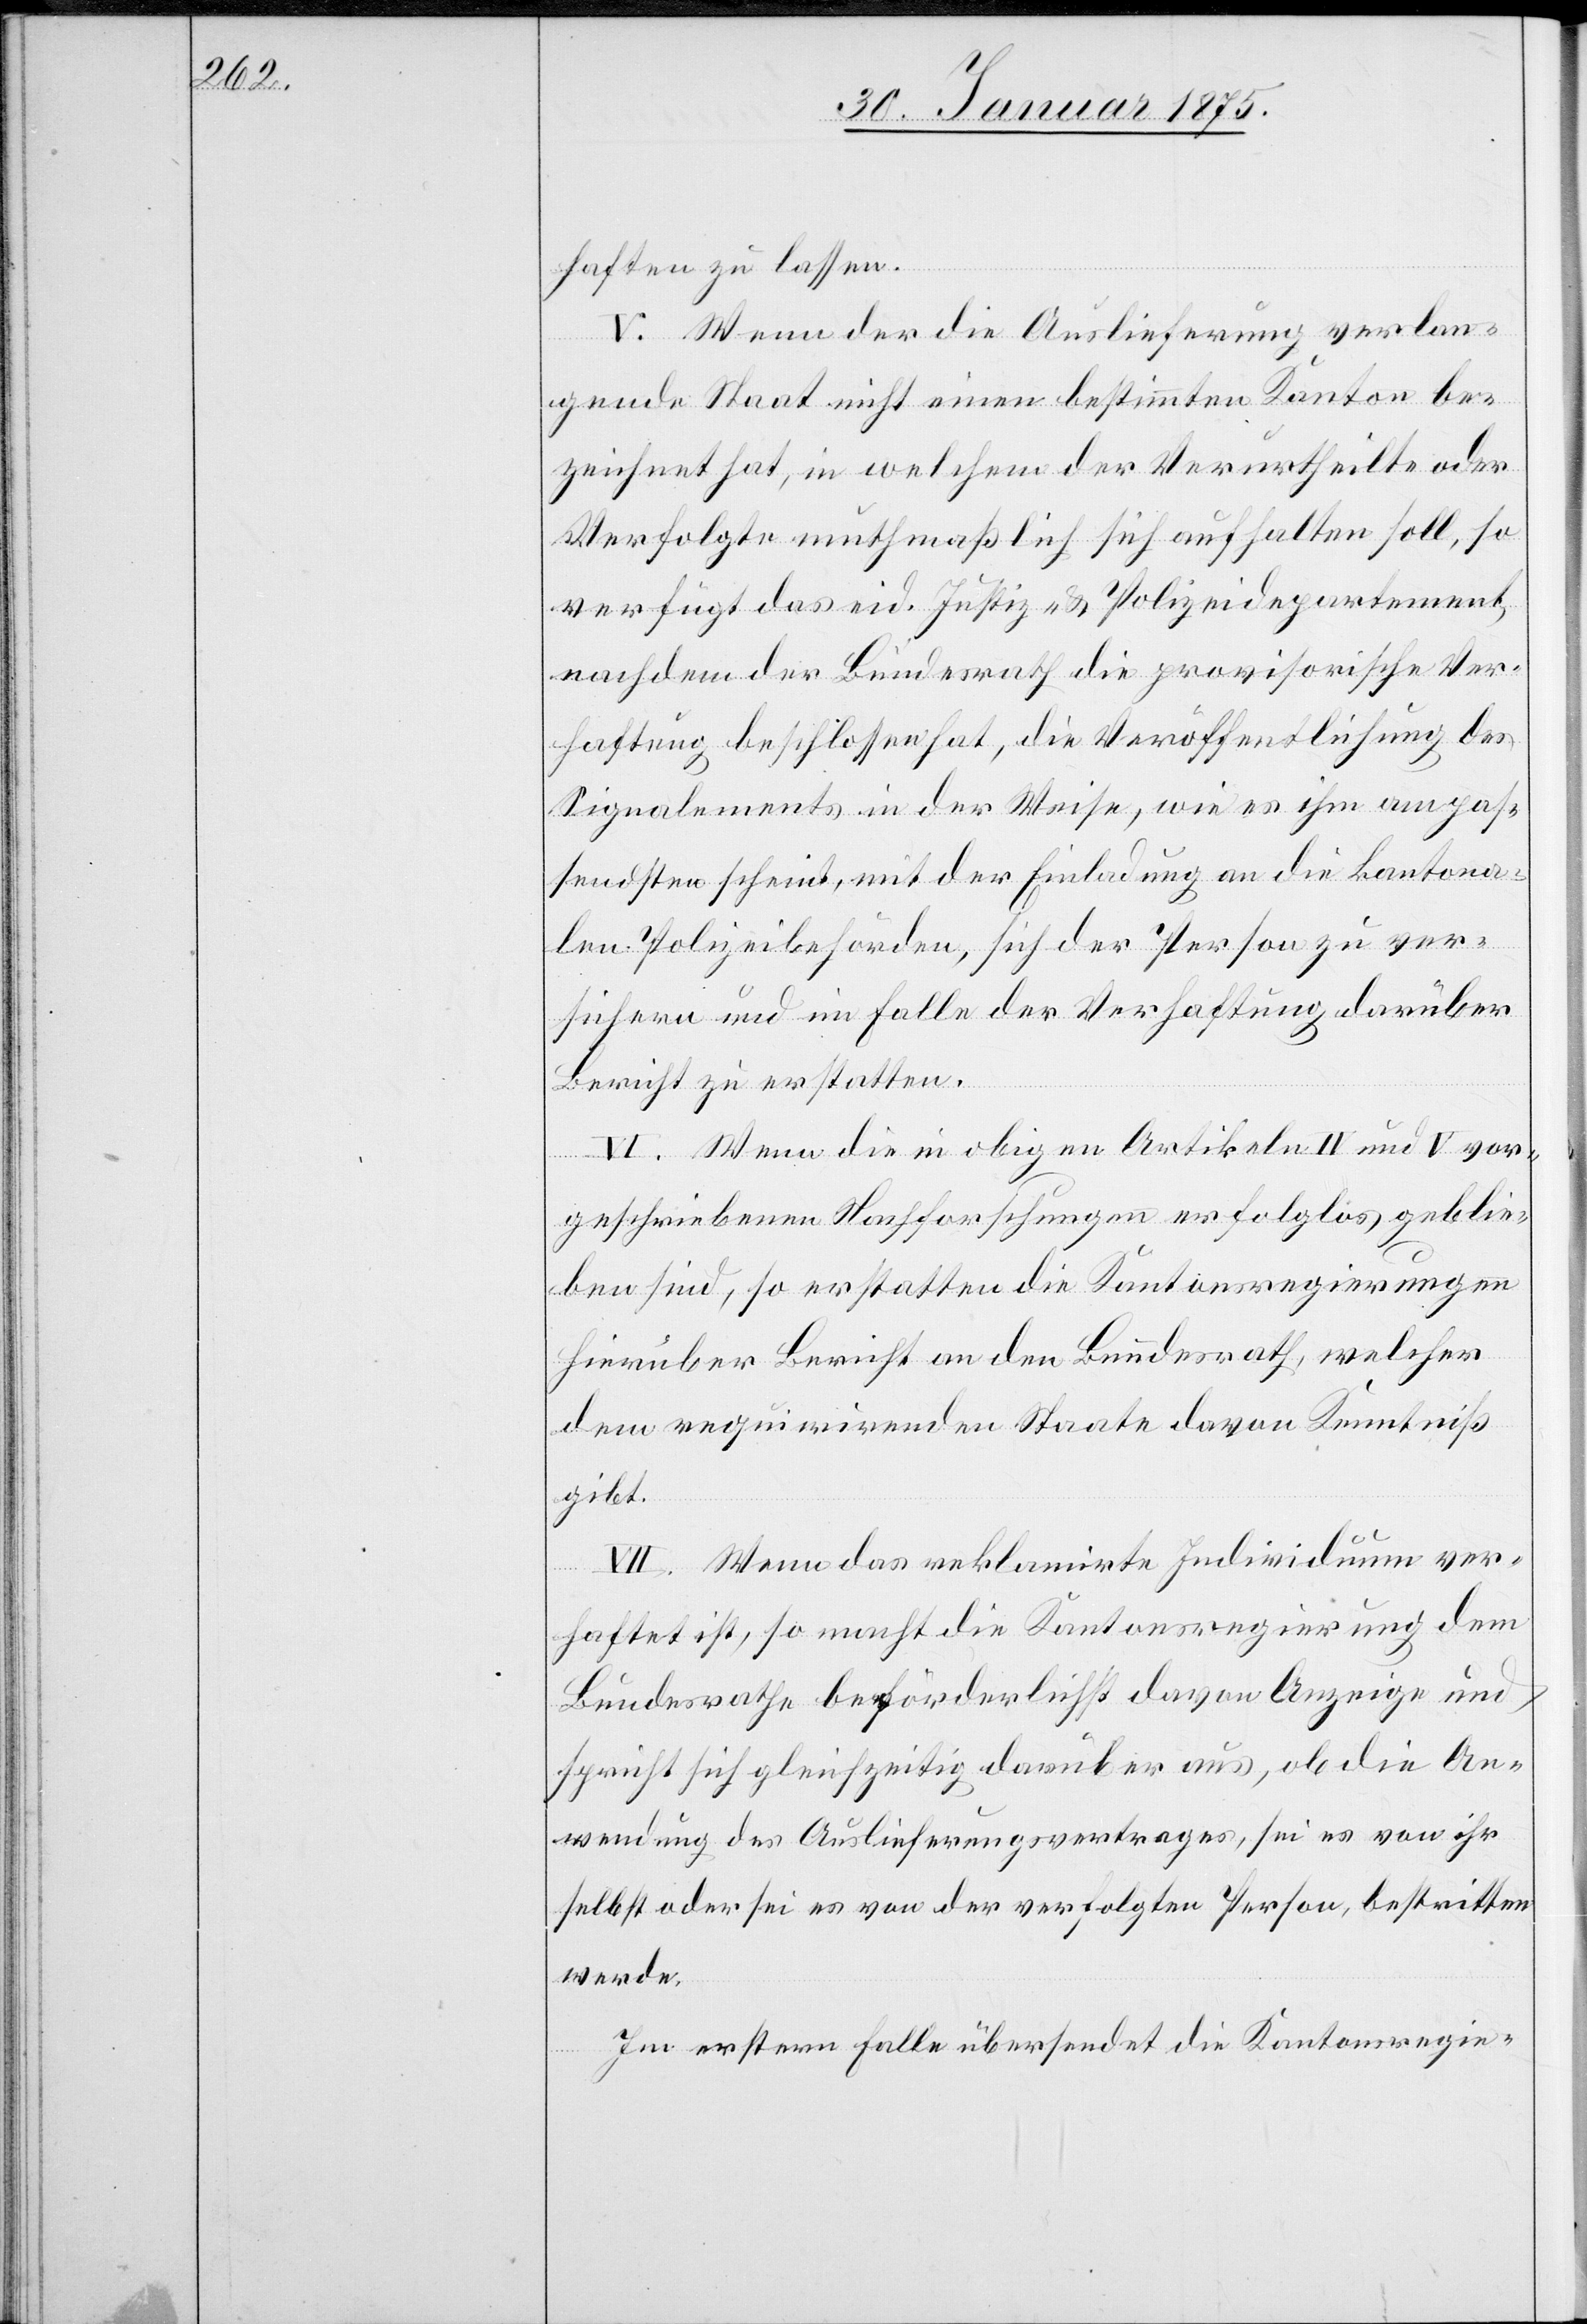
haften zu lassen.
V. Wenn der die Auslieferung verlan¬
gende Staat nicht einen bestimmten Kanton be¬
zeichnet hat, in welchem der Verurtheilte oder
Verfolgte muthmaßlich sich aufhalten soll, so
verfügt das eid. Justiz- & Polizeidepartement,
nachdem der Bundesrath die provisorische Ver¬
haftung beschlossen hat, die Veröffentlichung des
Signalements in der Weise, wie es ihm am pas¬
sendsten scheint, mit der Einladung an die kantona¬
len Polizeibehörden, sich der Person zu ver¬
sichern und im Falle der Verhaftung darüber
Bericht zu erstatten.
VI. Wenn di ein obigen Artikeln IV und V vor¬
geschriebenen Nachforschungen erfolglos geblie¬
ben sind, so erstatten die Kantonsregierungen
hierüber Bericht an den Bundesrath, welcher
dem requirirenden Staate davon Kenntniß
gibt.
VII. Wenn das reklamirte Individuum ver¬
haftet ist, so macht die Kantonsregierung dem
Bundesrathe beförderlichst davon Anzeige und
spricht sich gleichzeitig darüber aus, ob die An¬
wendung des Auslieferungsvertrages, sei es von ihr
selbst oder sei es von der verfolgten Person, bestritten
werde.
Im erstern Falle übersendet die Kantonsregie-